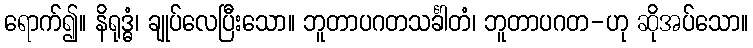
ရောက်၍။ နိရုဒ္ဓံ၊ ချုပ်လေပြီးသော။ ဘူတာပဂတသင်္ခါတံ၊ ဘူတာပဂတ-ဟု ဆိုအပ်သော။